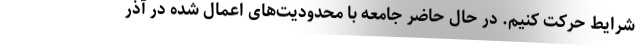
شرایط حرکت کنیم. در حال حاضر جامعه با محدودیت‌های اعمال شده در آذر